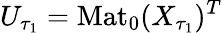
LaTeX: U_{\tau_{1}}=\mathrm{Mat}_{0}(X_{\tau_{1}})^{T}